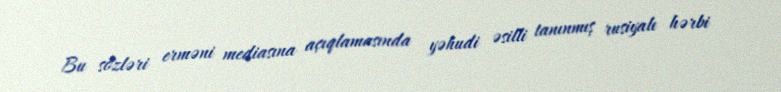
Bu sözləri erməni mediasına açıqlamasında yəhudi əsilli tanınmış rusiyalı hərbi